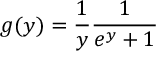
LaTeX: g ( y ) = \frac { 1 } { y } \frac { 1 } { e ^ { y } + 1 }